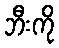
ဘီးကို